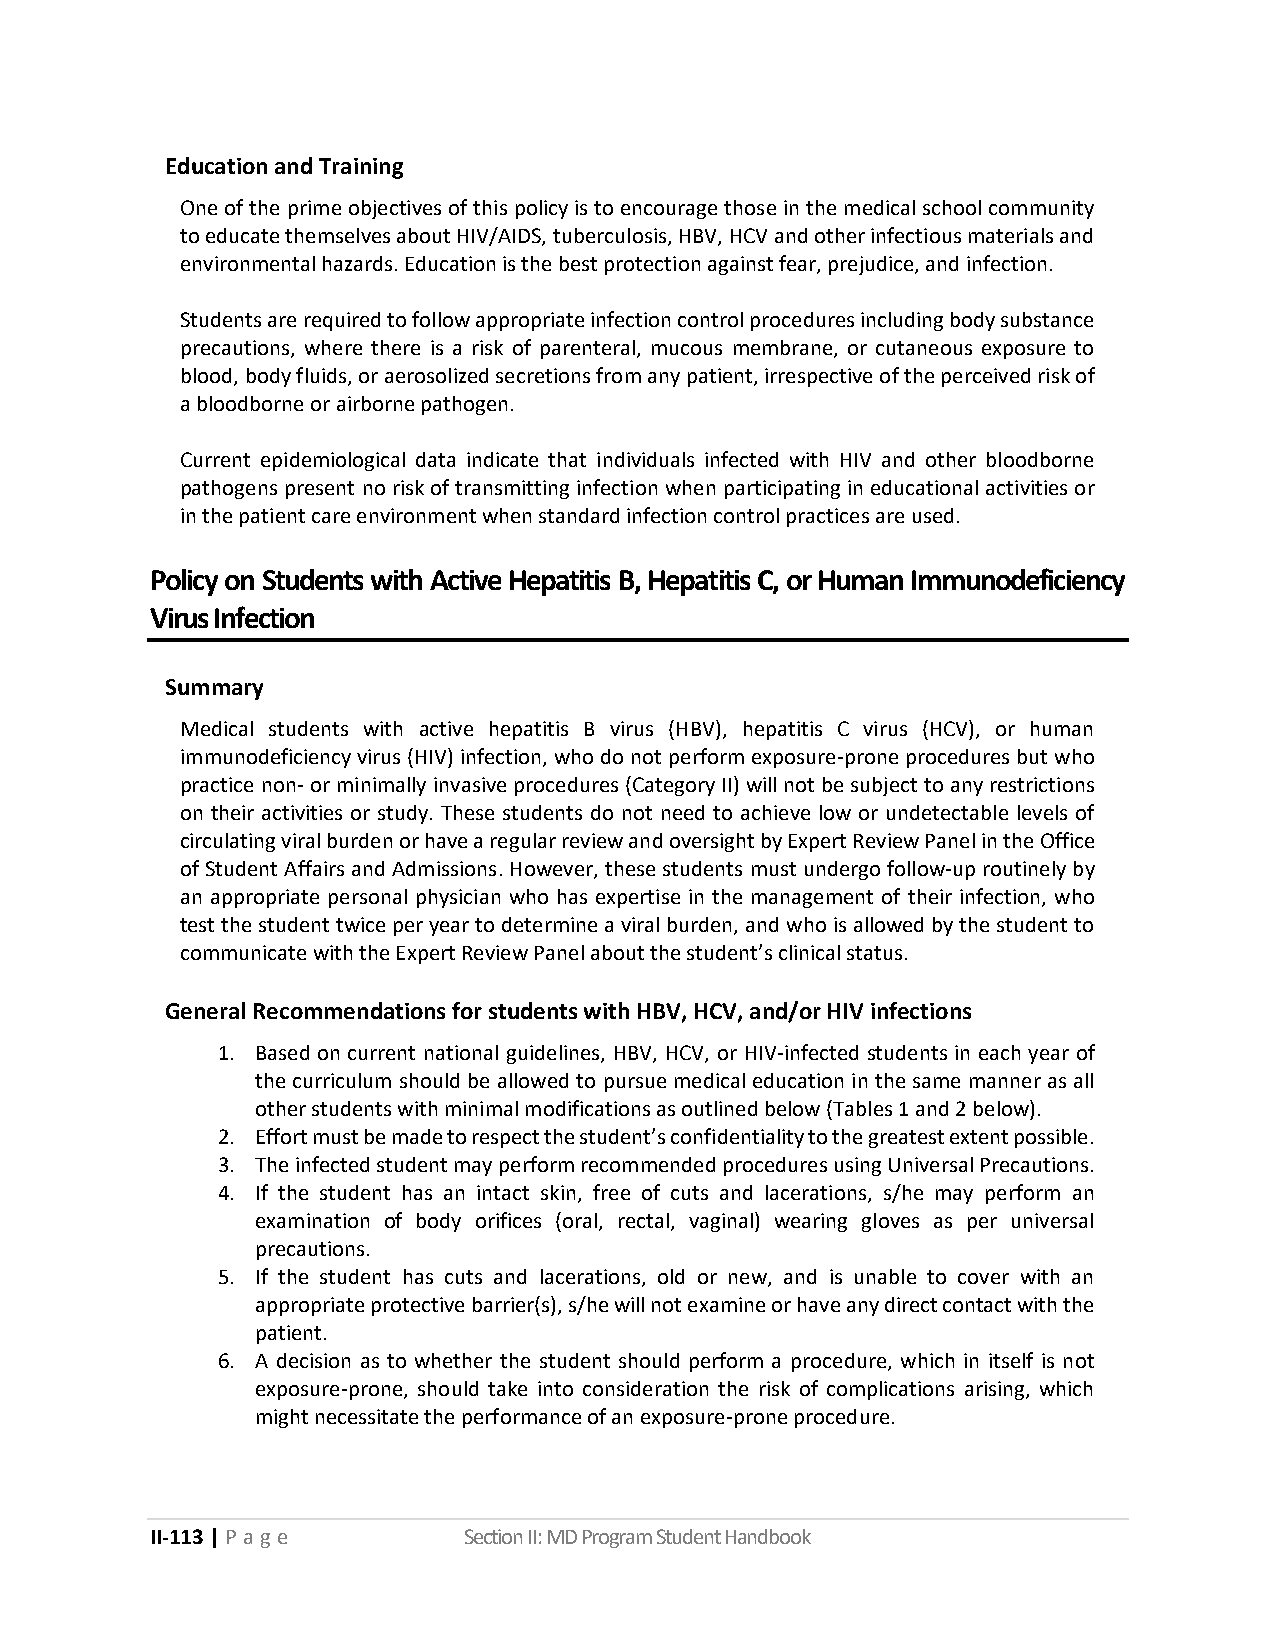
Education and Training
 One of the prime objectives of this policy is to encourage those in the medical school community
 to educate themselves about HIV/AIDS, tuberculosis, HBV, HCV and other infectious materials and
 environmental hazards. Education is the best protection against fear, prejudice, and infection.
 Students are required to follow appropriate infection control procedures including body substance
 precautions, where there is a risk of parenteral, mucous membrane, or cutaneous exposure to
 blood, body fluids, or aerosolized secretions from any patient, irrespective of the perceived risk of
 a bloodborne or airborne pathogen.
 Current epidemiological data indicate that individuals infected with HIV and other bloodborne
 pathogens present no risk of transmitting infection when participating in educational activities or
 in the patient care environment when standard infection control practices are used.
 Policy on Students with Active Hepatitis B, Hepatitis C, or Human Immunodeficiency
 Virus Infection
 Summary
 Medical students with active hepatitis B virus (HBV), hepatitis C virus (HCV), or human
 immunodeficiency virus (HIV) infection, who do not perform exposure-prone procedures but who
 practice non- or minimally invasive procedures (Category II) will not be subject to any restrictions
 on their activities or study. These students do not need to achieve low or undetectable levels of
 circulating viral burden or have a regular review and oversight by Expert Review Panel in the Office
 of Student Affairs and Admissions. However, these students must undergo follow-up routinely by
 an appropriate personal physician who has expertise in the management of their infection, who
 test the student twice per year to determine a viral burden, and who is allowed by the student to
 communicate with the Expert Review Panel about the student’s clinical status.
 General Recommendations for students with HBV, HCV, and/or HIV infections
 1. Based on current national guidelines, HBV, HCV, or HIV-infected students in each year of
 the curriculum should be allowed to pursue medical education in the same manner as all
 other students with minimal modifications as outlined below (Tables 1 and 2 below).
 2. Effort must be made to respect the student’s confidentiality to the greatest extent possible.
 3. The infected student may perform recommended procedures using Universal Precautions.
 4. If the student has an intact skin, free of cuts and lacerations, s/he may perform an
 examination of body orifices (oral, rectal, vaginal) wearing gloves as per universal
 precautions.
 5. If the student has cuts and lacerations, old or new, and is unable to cover with an
 appropriate protective barrier(s), s/he will not examine or have any direct contact with the
 patient.
 6. A decision as to whether the student should perform a procedure, which in itself is not
 exposure-prone, should take into consideration the risk of complications arising, which
 might necessitate the performance of an exposure-prone procedure.
 II-113 | P a ge      Section II: MD Program Student Handbook